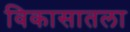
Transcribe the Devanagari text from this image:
विकासातला